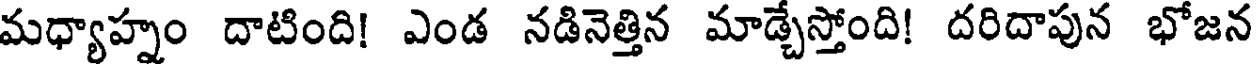
మధ్యాహ్నం దాటింది! ఎండ నడినెత్తిన మాడ్చేస్తోంది! దరిదాపున భోజన